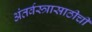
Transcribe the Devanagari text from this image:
अंतर्वस्त्रासाठीची